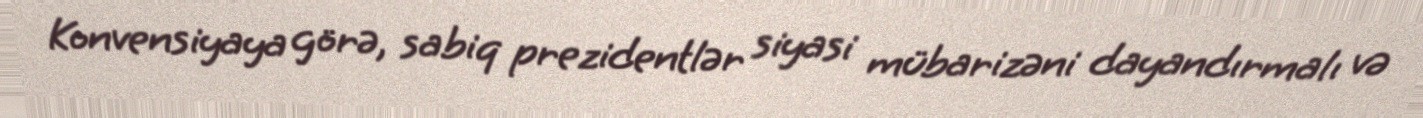
Konvensiyaya görə, sabiq prezidentlər siyasi mübarizəni dayandırmalı və